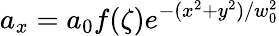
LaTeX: a_{x}=a_{0}f(\zeta)e^{-(x^{2}+y^{2})/w_{0}^{2}}